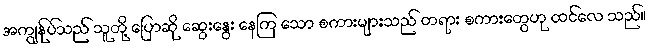
အကျွန်ုပ်သည် သူတို့ ပြောဆို ဆွေးနွေး နေကြ သော စကားများသည် တရား စကားတွေဟု ထင်လေ သည်။